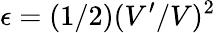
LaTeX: \epsilon=(1/2)(V^{\prime}/V)^{2}